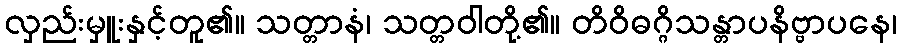
လှည်းမှူးနှင့်တူ၏။ သတ္တာနံ၊ သတ္တဝါတို့၏။ တိဝိဓဂ္ဂိသန္တာပနိဗ္ဗာပနေ၊